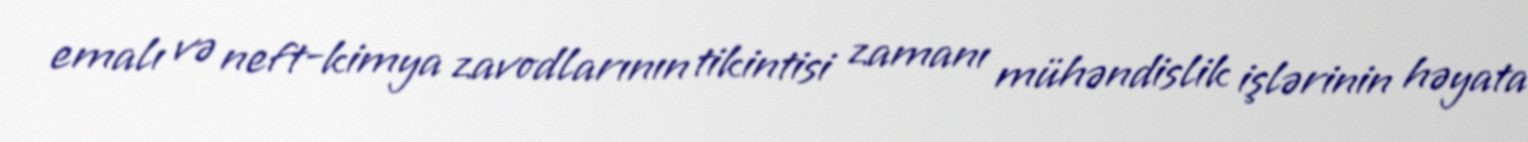
emalı və neft-kimya zavodlarının tikintisi zamanı mühəndislik işlərinin həyata